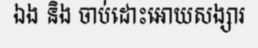
ឯង និង ចាប់ដោះអោយសង្សារ